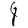
Digit: 4